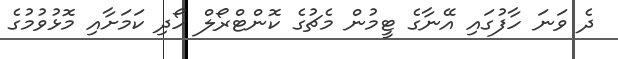
ދެ ވަނަ ހާފުގައި އޭނާގެ ޓީމުން މެޗުގެ ކޮންޓްރޯލް ހޯދި ކަމަށާއި މޮޅުވުމުގެ